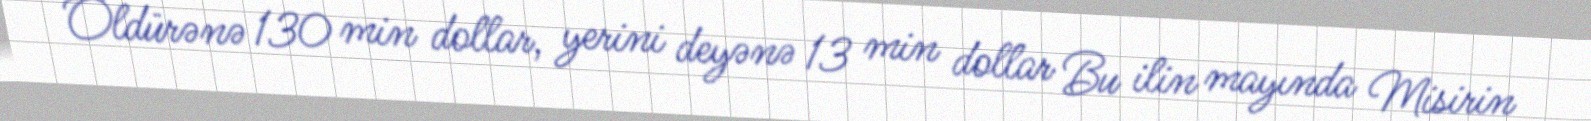
Öldürənə 130 min dollar, yerini deyənə 13 min dollar Bu ilin mayında Misirin